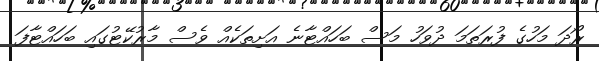
ރޯދަ މަހުގެ ފުރަތަމަ ދުވަހު މަސް ބަހައްޓާނެ އަށިތަކެއް ވެސް މާރުކޭޓުގައި ބަހައްޓާފަ